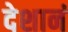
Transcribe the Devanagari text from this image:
देशानं